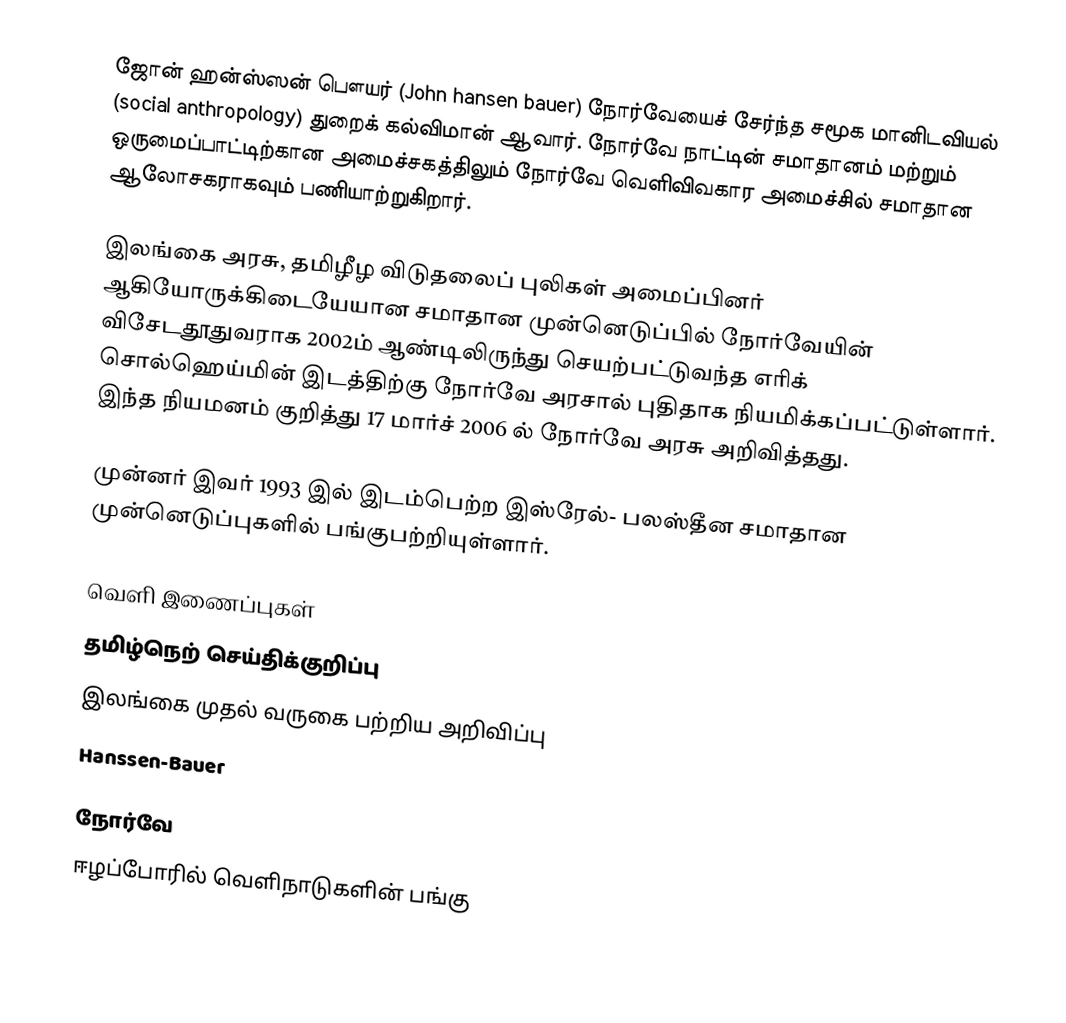
ஜோன் ஹன்ஸ்ஸன் பௌயர் (John hansen bauer) நோர்வேயைச் சேர்ந்த சமூக மானிடவியல் (social anthropology) துறைக் கல்விமான் ஆவார். நோர்வே நாட்டின் சமாதானம் மற்றும் ஒருமைப்பாட்டிற்கான அமைச்சகத்திலும் நோர்வே வெளிவிவகார அமைச்சில் சமாதான ஆலோசகராகவும் பணியாற்றுகிறார்.

இலங்கை அரசு, தமிழீழ விடுதலைப் புலிகள் அமைப்பினர் ஆகியோருக்கிடையேயான சமாதான முன்னெடுப்பில் நோர்வேயின்  விசேடதூதுவராக 2002ம் ஆண்டிலிருந்து செயற்பட்டுவந்த எரிக் சொல்ஹெய்மின் இடத்திற்கு நோர்வே அரசால் புதிதாக நியமிக்கப்பட்டுள்ளார். இந்த நியமனம் குறித்து 17 மார்ச் 2006 ல் நோர்வே அரசு அறிவித்தது.

முன்னர் இவர் 1993 இல் இடம்பெற்ற இஸ்ரேல்- பலஸ்தீன சமாதான முன்னெடுப்புகளில் பங்குபற்றியுள்ளார்.

வெளி இணைப்புகள்
 தமிழ்நெற் செய்திக்குறிப்பு
 இலங்கை முதல் வருகை பற்றிய அறிவிப்பு
 Hanssen-Bauer

நோர்வே
ஈழப்போரில் வெளிநாடுகளின் பங்கு